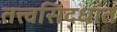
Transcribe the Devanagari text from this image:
तत्त्वसिद्धांत